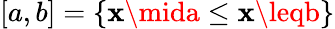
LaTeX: [a,b]=\{ \mathbf{x}\mida\leq\mathbf{x}\leqb\}